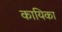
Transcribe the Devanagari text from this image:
कायिका